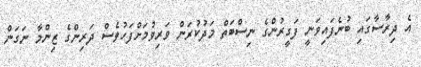
އެ ދިރާސާގައި ބުނެފައިވަނީ ފަގީރުންގެ ނިސްބަތް މަދުކުރަން ވަރިވުމަށްފަހުވެސް ދަރިންގެ ޒިންމާ ނަގަން